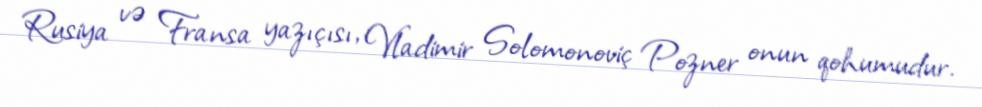
Rusiya və Fransa yazıçısı, Vladimir Solomonoviç Pozner onun qohumudur.